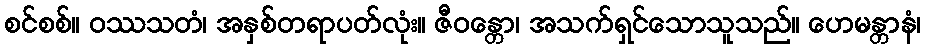
စင်စစ်။ ဝဿသတံ၊ အနှစ်တရာပတ်လုံး။ ဇီဝန္တော၊ အသက်ရှင်သောသူသည်။ ဟေမန္တာနံ၊